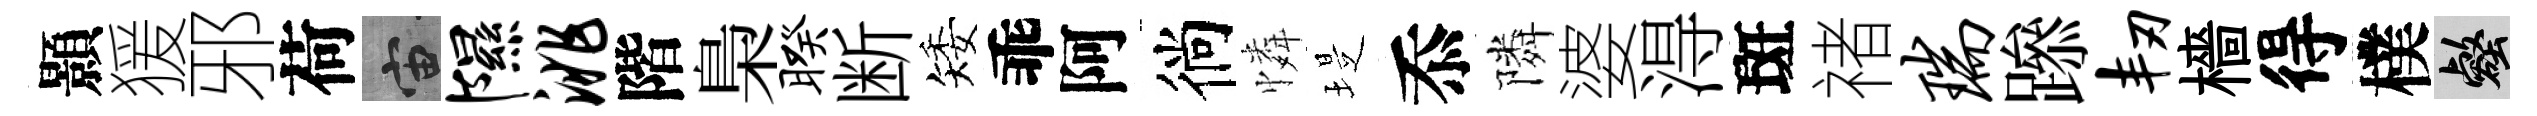
顥猨邪荷宙隰洮階梟暌断矮乖阿徜憐堤忝隣婆淂斑禇瑞𨅶韧檣得樸壑